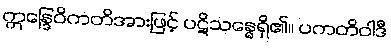
ဣန္ဒြေဝိကတိအားဖြင့် ပဋိသန္ဓေရှိ၏။ ပကတိဝါဒီ